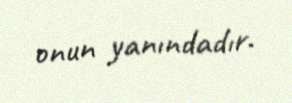
onun yanındadır.